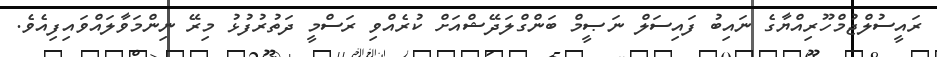
ރައީސުލްޖުމްހޫރިއްޔާގެ ނައިބު ފައިސަލް ނަޞީމް ބަންގްލަދޭޝްއަށް ކުރެއްވި ރަސްމީ ދަތުރުފުޅު މިރޭ ނިންމަވާލައްވައިފިއެވެ.